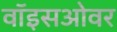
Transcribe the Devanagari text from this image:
वॉइसओवर